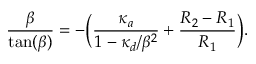
\frac { \beta } { \tan ( \beta ) } = - \biggl ( \frac { \kappa _ { a } } { 1 - \kappa _ { d } / \beta ^ { 2 } } + \frac { R _ { 2 } - R _ { 1 } } { R _ { 1 } } \biggr ) .